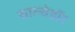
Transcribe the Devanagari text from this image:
साल्वेडॉर